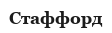
Стаффорд